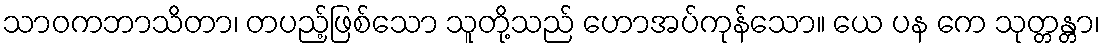
သာဝကဘာသိတာ၊ တပည့်ဖြစ်သော သူတို့သည် ဟောအပ်ကုန်သော။ ယေ ပန ကေ သုတ္တန္တာ၊